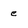
Character: e